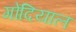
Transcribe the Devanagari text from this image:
गोदियाल